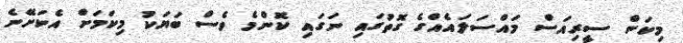
މިކަން ސީރިއަސް މައްސަލައެއްގެ ގޮތުގައި ނަގައި ކޮންމެ ވެސް ބަޔަކު މިކަމަށް އެކަށޭނެ